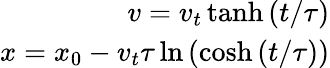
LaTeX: \begin{array}{r}{v=v_{t}\operatorname{tanh}{(t/\tau)}}\\ {x=x_{0}-v_{t}\tau\ln{(\cosh{(t/\tau)})}}\end{array}